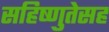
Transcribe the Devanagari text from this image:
सहिष्णुतेसह